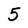
Character: 5